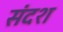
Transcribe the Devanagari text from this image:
संदश